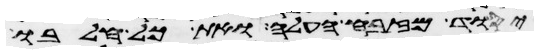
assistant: יסוד מזבח העלה ואת כל חלבו